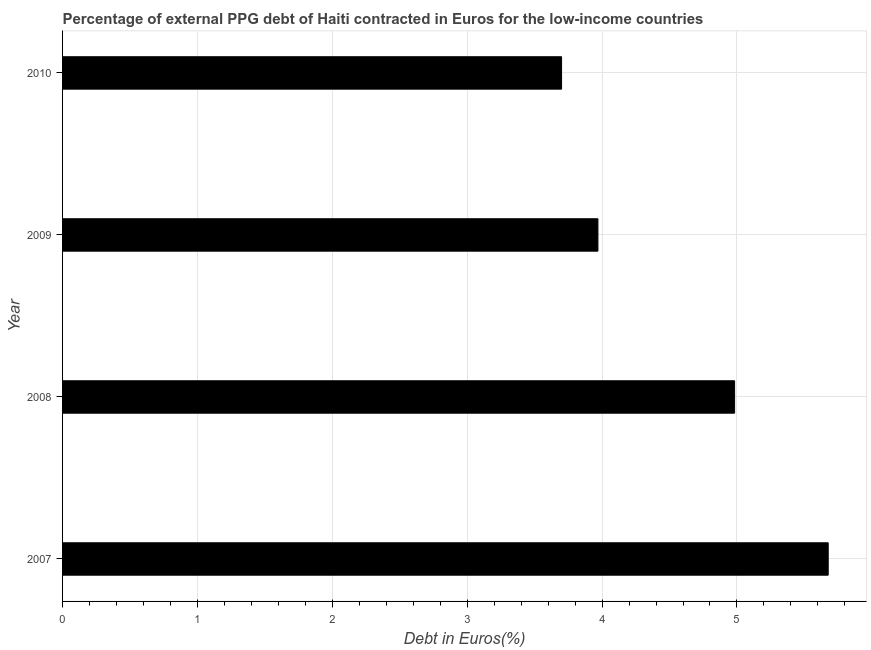
| Year | Currency composition of PPG debt |
 | --- | --- |
 | 2007 | 5.68 |
 | 2008 | 4.98 |
 | 2009 | 3.97 |
 | 2010 | 3.7 |